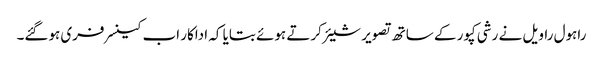
راہول راویل نے رشی کپور کے ساتھ تصویر شیئر کرتے ہوئے بتایا کہ اداکار اب کینسر فری ہوگئے۔